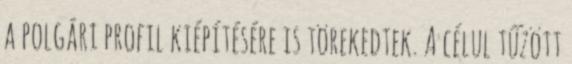
a polgári profil kiépítésére is törekedtek. A célul tűzött